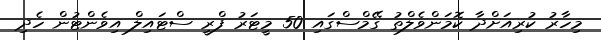
މިހާރު ކުރިއަށްދާ ކޮމަންވެލްތު ގޭމްސްގައި 50 މީޓަރު ފްރީ ސްޓައިލް އިވެންޓުން ހެދި